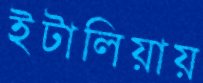
ইটালিয়ায়